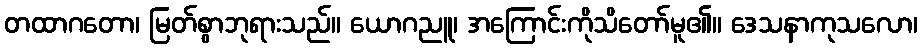
တထာဂတော၊ မြတ်စွာဘုရားသည်။ ယောဂညူ၊ အကြောင်းကိုသိတော်မူ၏။ ဒေသနာကုသလော၊